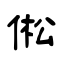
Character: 倯